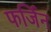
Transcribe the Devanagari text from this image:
फर्जिन